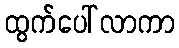
ထွက်ပေါ်လာကာ